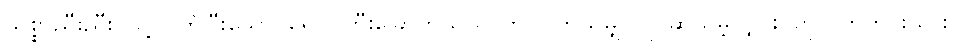
သစ္စာညီးညီး၊ ပွင့်လတ်ပြီးသော်၊ ရောင်ကြီးခြောက်သွယ်၊ ဘဝဂ်ကယ်မျှ၊ ပြိုင်ဆွယ်မဲ့လျှင်း၊ တုလွတ်ကင်းသား၊